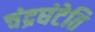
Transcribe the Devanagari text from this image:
चंद्रघंटेति